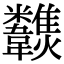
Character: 𩏶